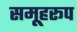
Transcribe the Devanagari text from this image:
समूहरूप